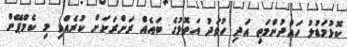
ކޮޅުމަޑުލު ހައްދުންމަތި އަދި ހުވަދު އަތޮޅުގެ ބައެއް ރަށްރަށަށް ކުރެއްވި މި ކެމްޕޭން